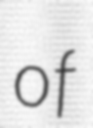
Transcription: of